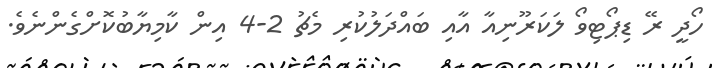
ހޯދީ ރޭ ޑިޕޯޓިވޯ ލަކަރޫނިއާ އާއި ބައްދަލުކުރި މެޗު 2-4 އިން ކާމިޔާބުކޮށްގެންނެވެ.